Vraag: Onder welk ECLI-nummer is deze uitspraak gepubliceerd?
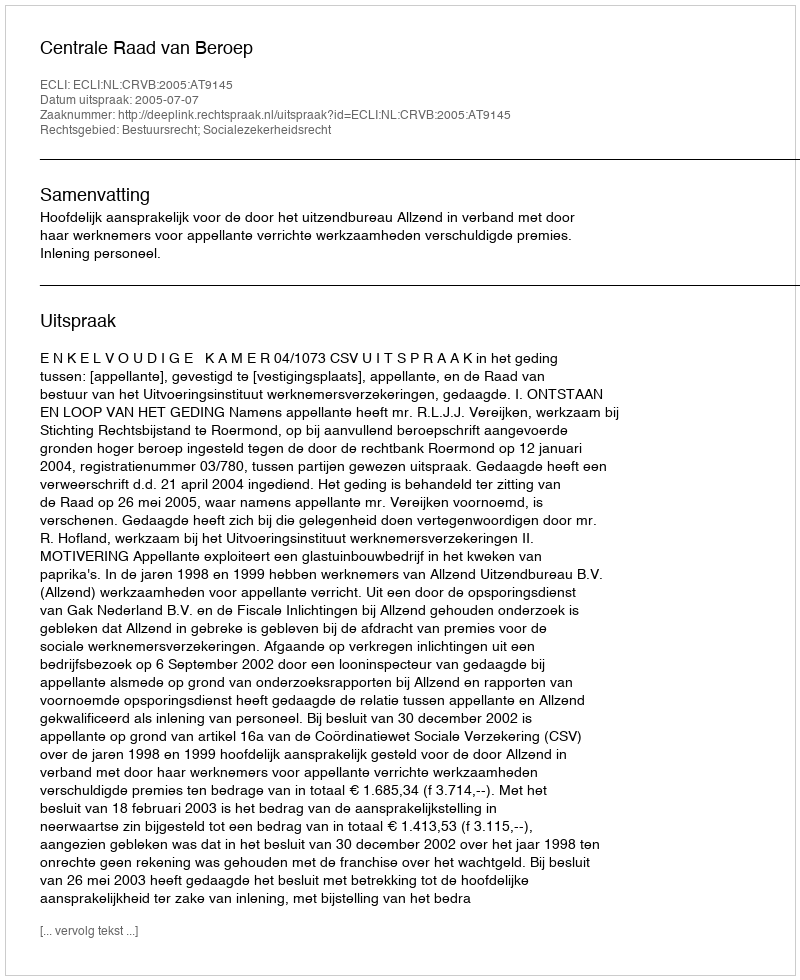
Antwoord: ECLI:NL:CRVB:2005:AT9145